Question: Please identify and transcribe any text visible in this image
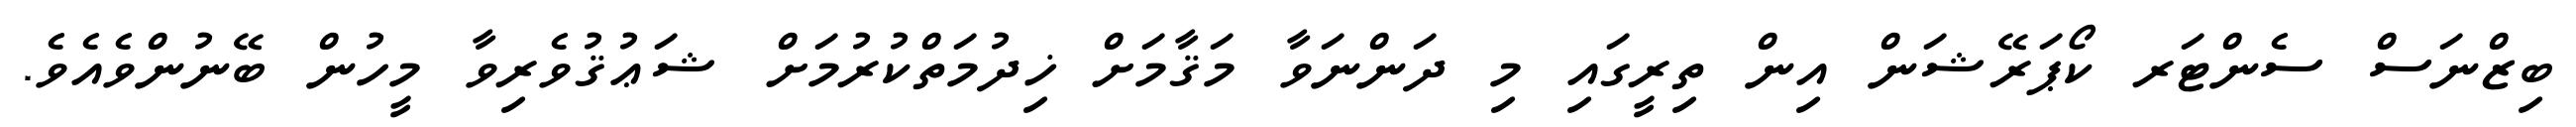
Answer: ބިޒްނަސް ސެންޓަރ ކޯޕަރޭޝަން އިން ތިރީގައި މި ދަންނަވާ މަޤާމަށް ޚިދުމަތްކުރުމަށް ޝަޢުޤުވެރިވާ މީހުން ބޭނުންވެއެވެ.